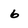
Character: 6